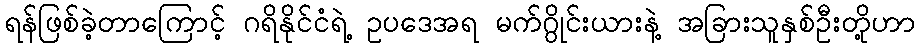
ရန်ဖြစ်ခဲ့တာကြောင့် ဂရိနိုင်ငံရဲ့ ဥပဒေအရ မက်ဂွိုင်းယားနဲ့ အခြားသူနှစ်ဦးတို့ဟာ